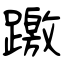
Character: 躈